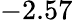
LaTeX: -2.57